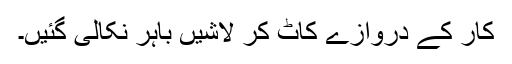
کار کے دروازے کاٹ کر لاشیں باہر نکالی گئیں۔